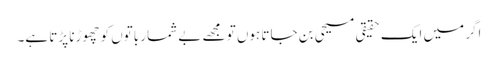
اگر میں ایک حقیقی مسیحی بن جاتا ہوں تو مجھے بے شمار باتوں کو چھوڑنا پڑتا ہے۔